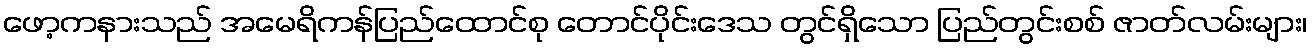
ဖော့ကနားသည် အမေရိကန်ပြည်ထောင်စု တောင်ပိုင်းဒေသ တွင်ရှိသော ပြည်တွင်းစစ် ဇာတ်လမ်းများ၊